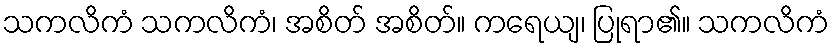
သကလိကံ သကလိကံ၊ အစိတ် အစိတ်။ ကရေယျ၊ ပြုရာ၏။ သကလိကံ